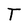
Character: T